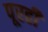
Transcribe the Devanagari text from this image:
पूरही